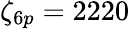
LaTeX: \zeta_{6p}=2220